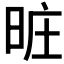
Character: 𣆮